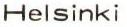
Helsinki